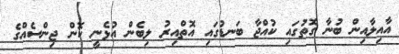
އާއިލާއިން ބުނާ ގޮތުގައި ކުއްޖާ ބަނޑުގައި އޮތްއިރު ލިބެން އުޅެނީ ކޮން ޖިންސެއްގެ